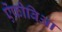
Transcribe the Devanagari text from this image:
ऐंफ़ीबिआ